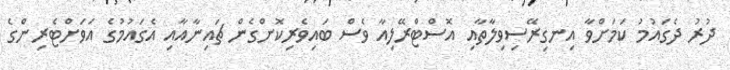
ދުރު ދެގައުމު ކަމަށްވާ އިނގިރޭސިވިލާތާއި އޮސްޓްރޭލިއާ ވެސް ބައިވެރިކޮށްގެން ޗައިނާއާއި އެގައުމުގެ އަވަށްޓެރިންގެ